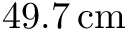
4 9 . 7 \, \mathrm { c m }